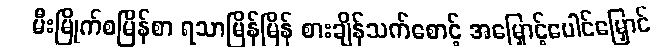
မီးမြိုက်စမြိန်စာ ရသာမြိန်မြိန် စားချိန်သက်စောင့် အမြှောင့်ပေါင်မြှောင်